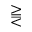
\gtreqqless